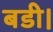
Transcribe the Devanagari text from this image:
बडी।